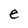
Character: e